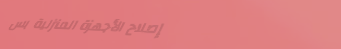
إصلاح الأجهزة المنزلية بس